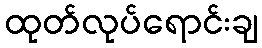
ထုတ်လုပ်ရောင်းချ